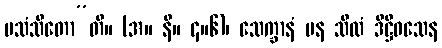
ပသံသိတော”တိ။ (အ။ နိ။ ၄။၆)၊ သေက္ခာနံ ပန သီလံ ဒိဋ္ဌိဝသေန